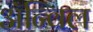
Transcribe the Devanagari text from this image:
अॅन्विल